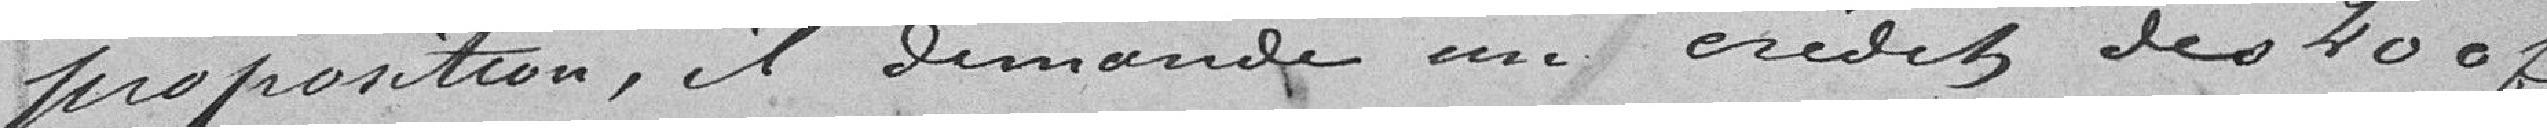
sa proposition, il demande un crédit des 200 francs